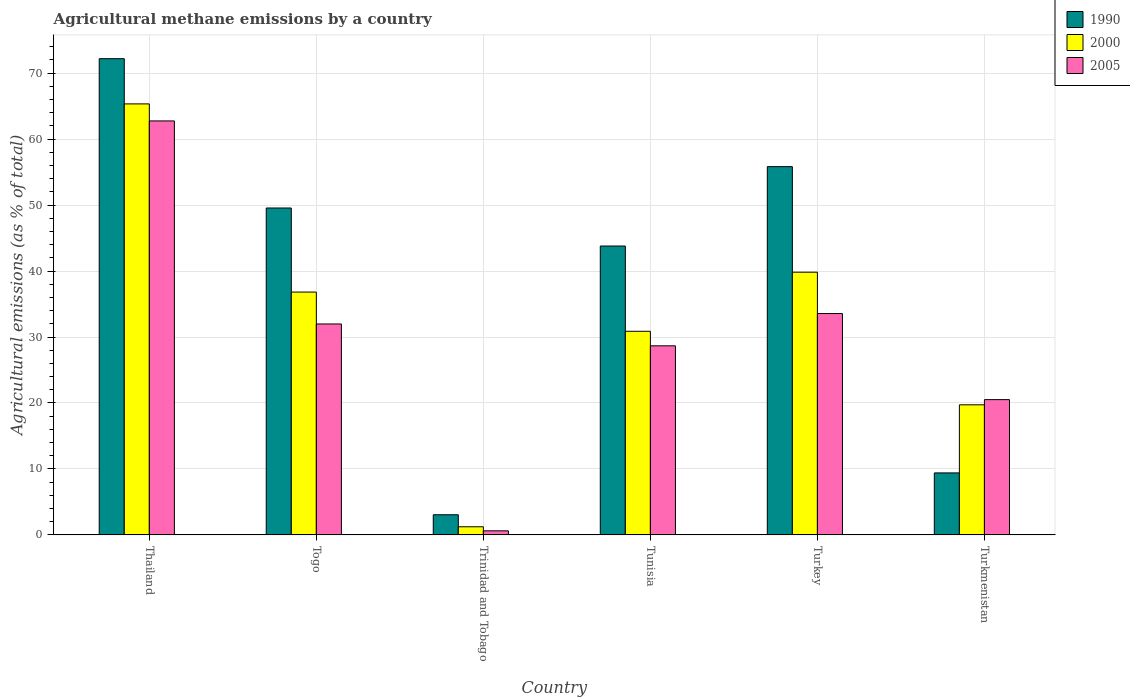
| Country | 1990 | 2000 | 2005 |
 | --- | --- | --- | --- |
 | Thailand | 72.2 | 65.3 | 62.8 |
 | Togo | 49.6 | 36.8 | 32 |
 | Trinidad and Tobago | 3.05 | 1.23 | 0.616 |
 | Tunisia | 43.8 | 30.9 | 28.7 |
 | Turkey | 55.8 | 39.8 | 33.6 |
 | Turkmenistan | 9.4 | 19.7 | 20.5 |